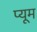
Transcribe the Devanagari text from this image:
प्यूम